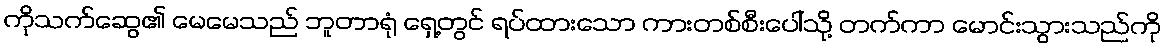
ကိုသက်ဆွေ၏ မေမေသည် ဘူတာရုံ ရှေ့တွင် ရပ်ထားသော ကားတစ်စီးပေါ်သို့ တက်ကာ မောင်းသွားသည်ကို